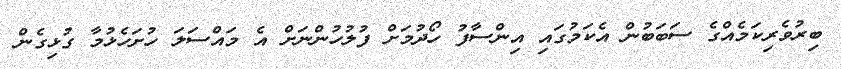
ބިރުވެރިކަމެއްގެ ސަބަބުން އެކަމުގައި އިންސާފު ހޯދުމަށް ފުލުހުންނަށް އެ މައްސަލަ ހުށަހެޅުމާ ގުޅިގެން